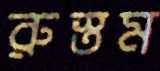
রুস্তম